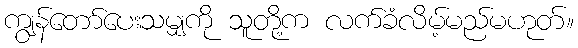
ကျွန်တော်ပေးသမျှကို သူတို့က လက်ခံလိမ့်မည်မဟုတ်။